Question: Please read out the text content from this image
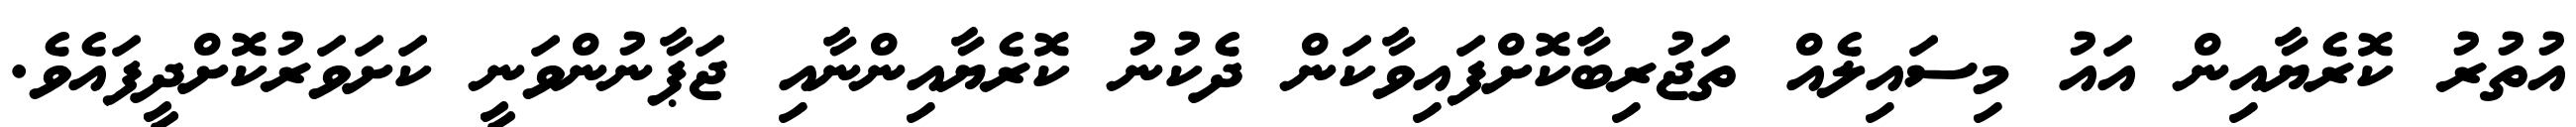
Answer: އުތުރު ކޮރެޔާއިން އައު މިސައިލެއް ތަޖުރިބާކޮށްފައިވާކަން ދެކުނު ކޮރެޔާއިންނާއި ޖަޕާނުންވަނީ ކަށަވަރުކޮށްދީފައެވެ.